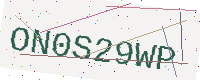
Text: ON0S29WP